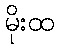
မိုးထ